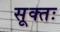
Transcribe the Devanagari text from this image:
सूक्तः